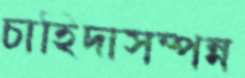
চাহিদাসম্পন্ন